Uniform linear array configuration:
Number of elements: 24
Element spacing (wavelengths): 0.75
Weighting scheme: hamming
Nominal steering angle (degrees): -45
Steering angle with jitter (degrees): -44.197
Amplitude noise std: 0.05
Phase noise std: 0.05

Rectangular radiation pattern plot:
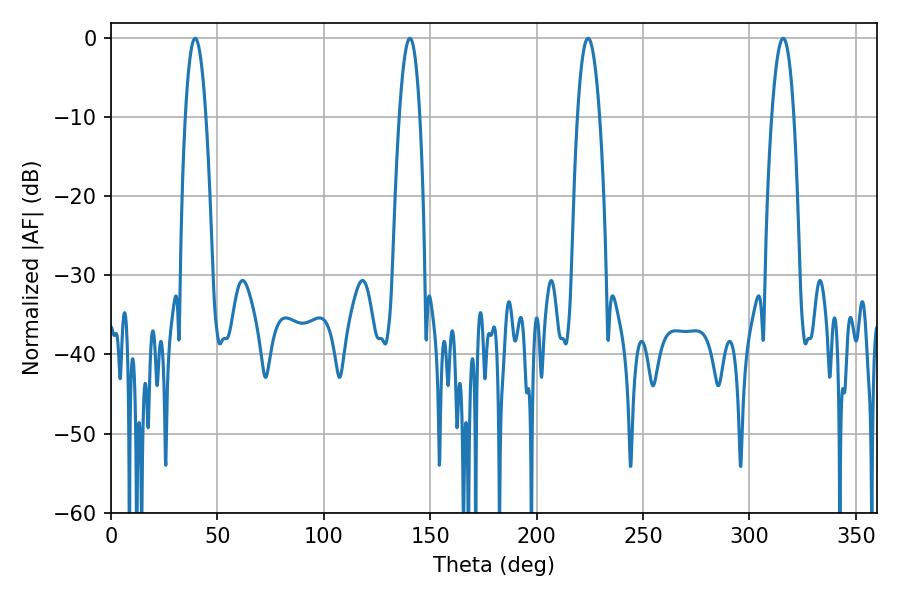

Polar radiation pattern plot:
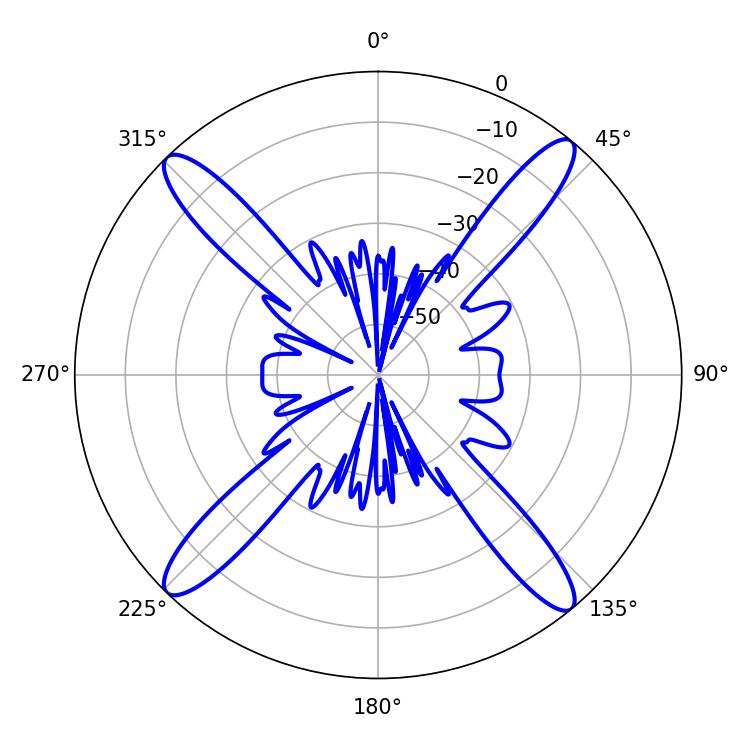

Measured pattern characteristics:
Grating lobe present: TRUE
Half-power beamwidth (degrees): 5.76
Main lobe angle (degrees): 224.1